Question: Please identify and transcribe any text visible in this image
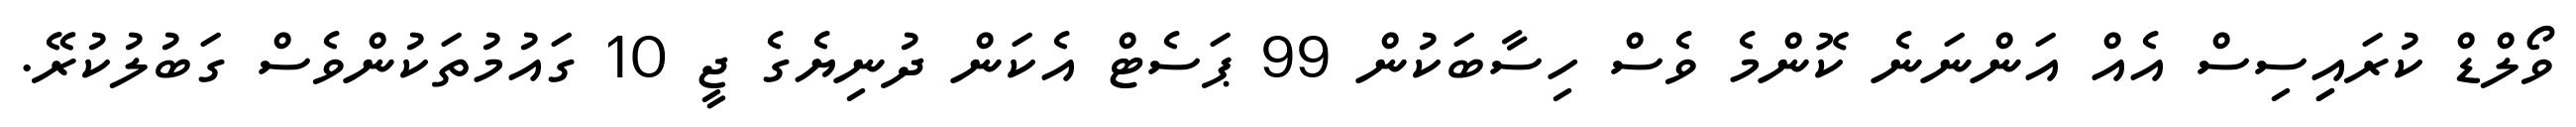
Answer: ވޯލްޑް ކުރައިިސިސް އެއް އަންނަނެ ކޮންމެ ވެސް ހިސާބަކުން 99 ޕަސެޓް އެކަން ދުނިޔެގެ ޖީ 10 ގައުމުތަކުންވެސް ގަބުލުކުރޭ.